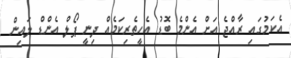
އެކަމުގައި ރާއްޖެ އަށް އެންމެ ބޮޑު އެހީތެރިކަމެއް ދިނީ ޕޯލް އެންޑް ލައިން